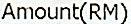
AMOUNT(RM)